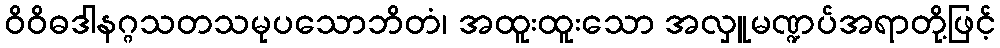
ဝိဝိဓဒါနဂ္ဂသတသမုပသောဘိတံ၊ အထူးထူးသော အလှူမဏ္ဍပ်အရာတို့ဖြင့်